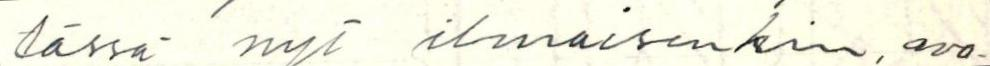
tässä nyt ilmaisenkin, avo-